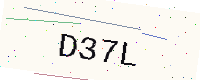
Text: D37L